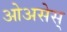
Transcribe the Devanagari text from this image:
ओअसेस्